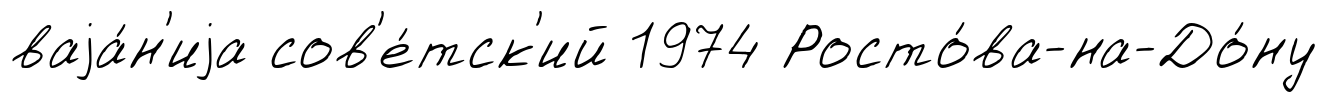
ваjа́н'иjа сов'е́тск'ий 1974 Росто́ва-на-До́ну